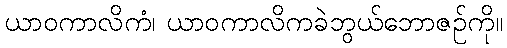
ယာဝကာလိကံ၊ ယာဝကာလိကခဲဘွယ်ဘောဇဉ်ကို။